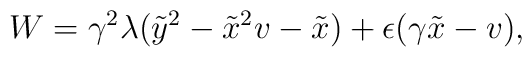
W = \gamma^2 \lambda ( \tilde{y}^2 - \tilde{x}^2 v - \tilde{x}) + \epsilon (\gamma \tilde{x} - v),